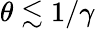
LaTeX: \theta\lesssim 1/\gamma